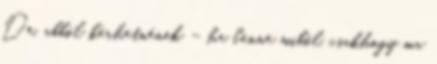
De, abból kérhetnének – ha lenne miből, csakhogy ma